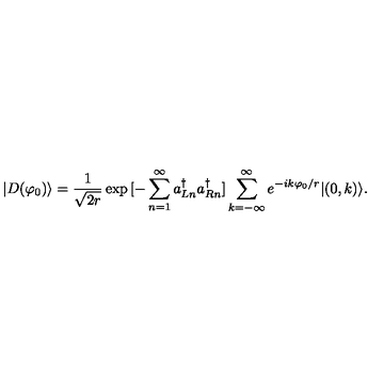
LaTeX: | D ( \varphi _ { 0 } ) \rangle = \frac { 1 } { \sqrt { 2 r } } \exp { [ - \sum _ { n = 1 } ^ { \infty } a _ { L n } ^ { \dagger } a _ { R n } ^ { \dagger } ] } \sum _ { k = - \infty } ^ { \infty } e ^ { - i k \varphi _ { 0 } / r } | ( 0 , k ) \rangle .